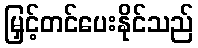
မြှင့်တင်ပေးနိုင်သည်